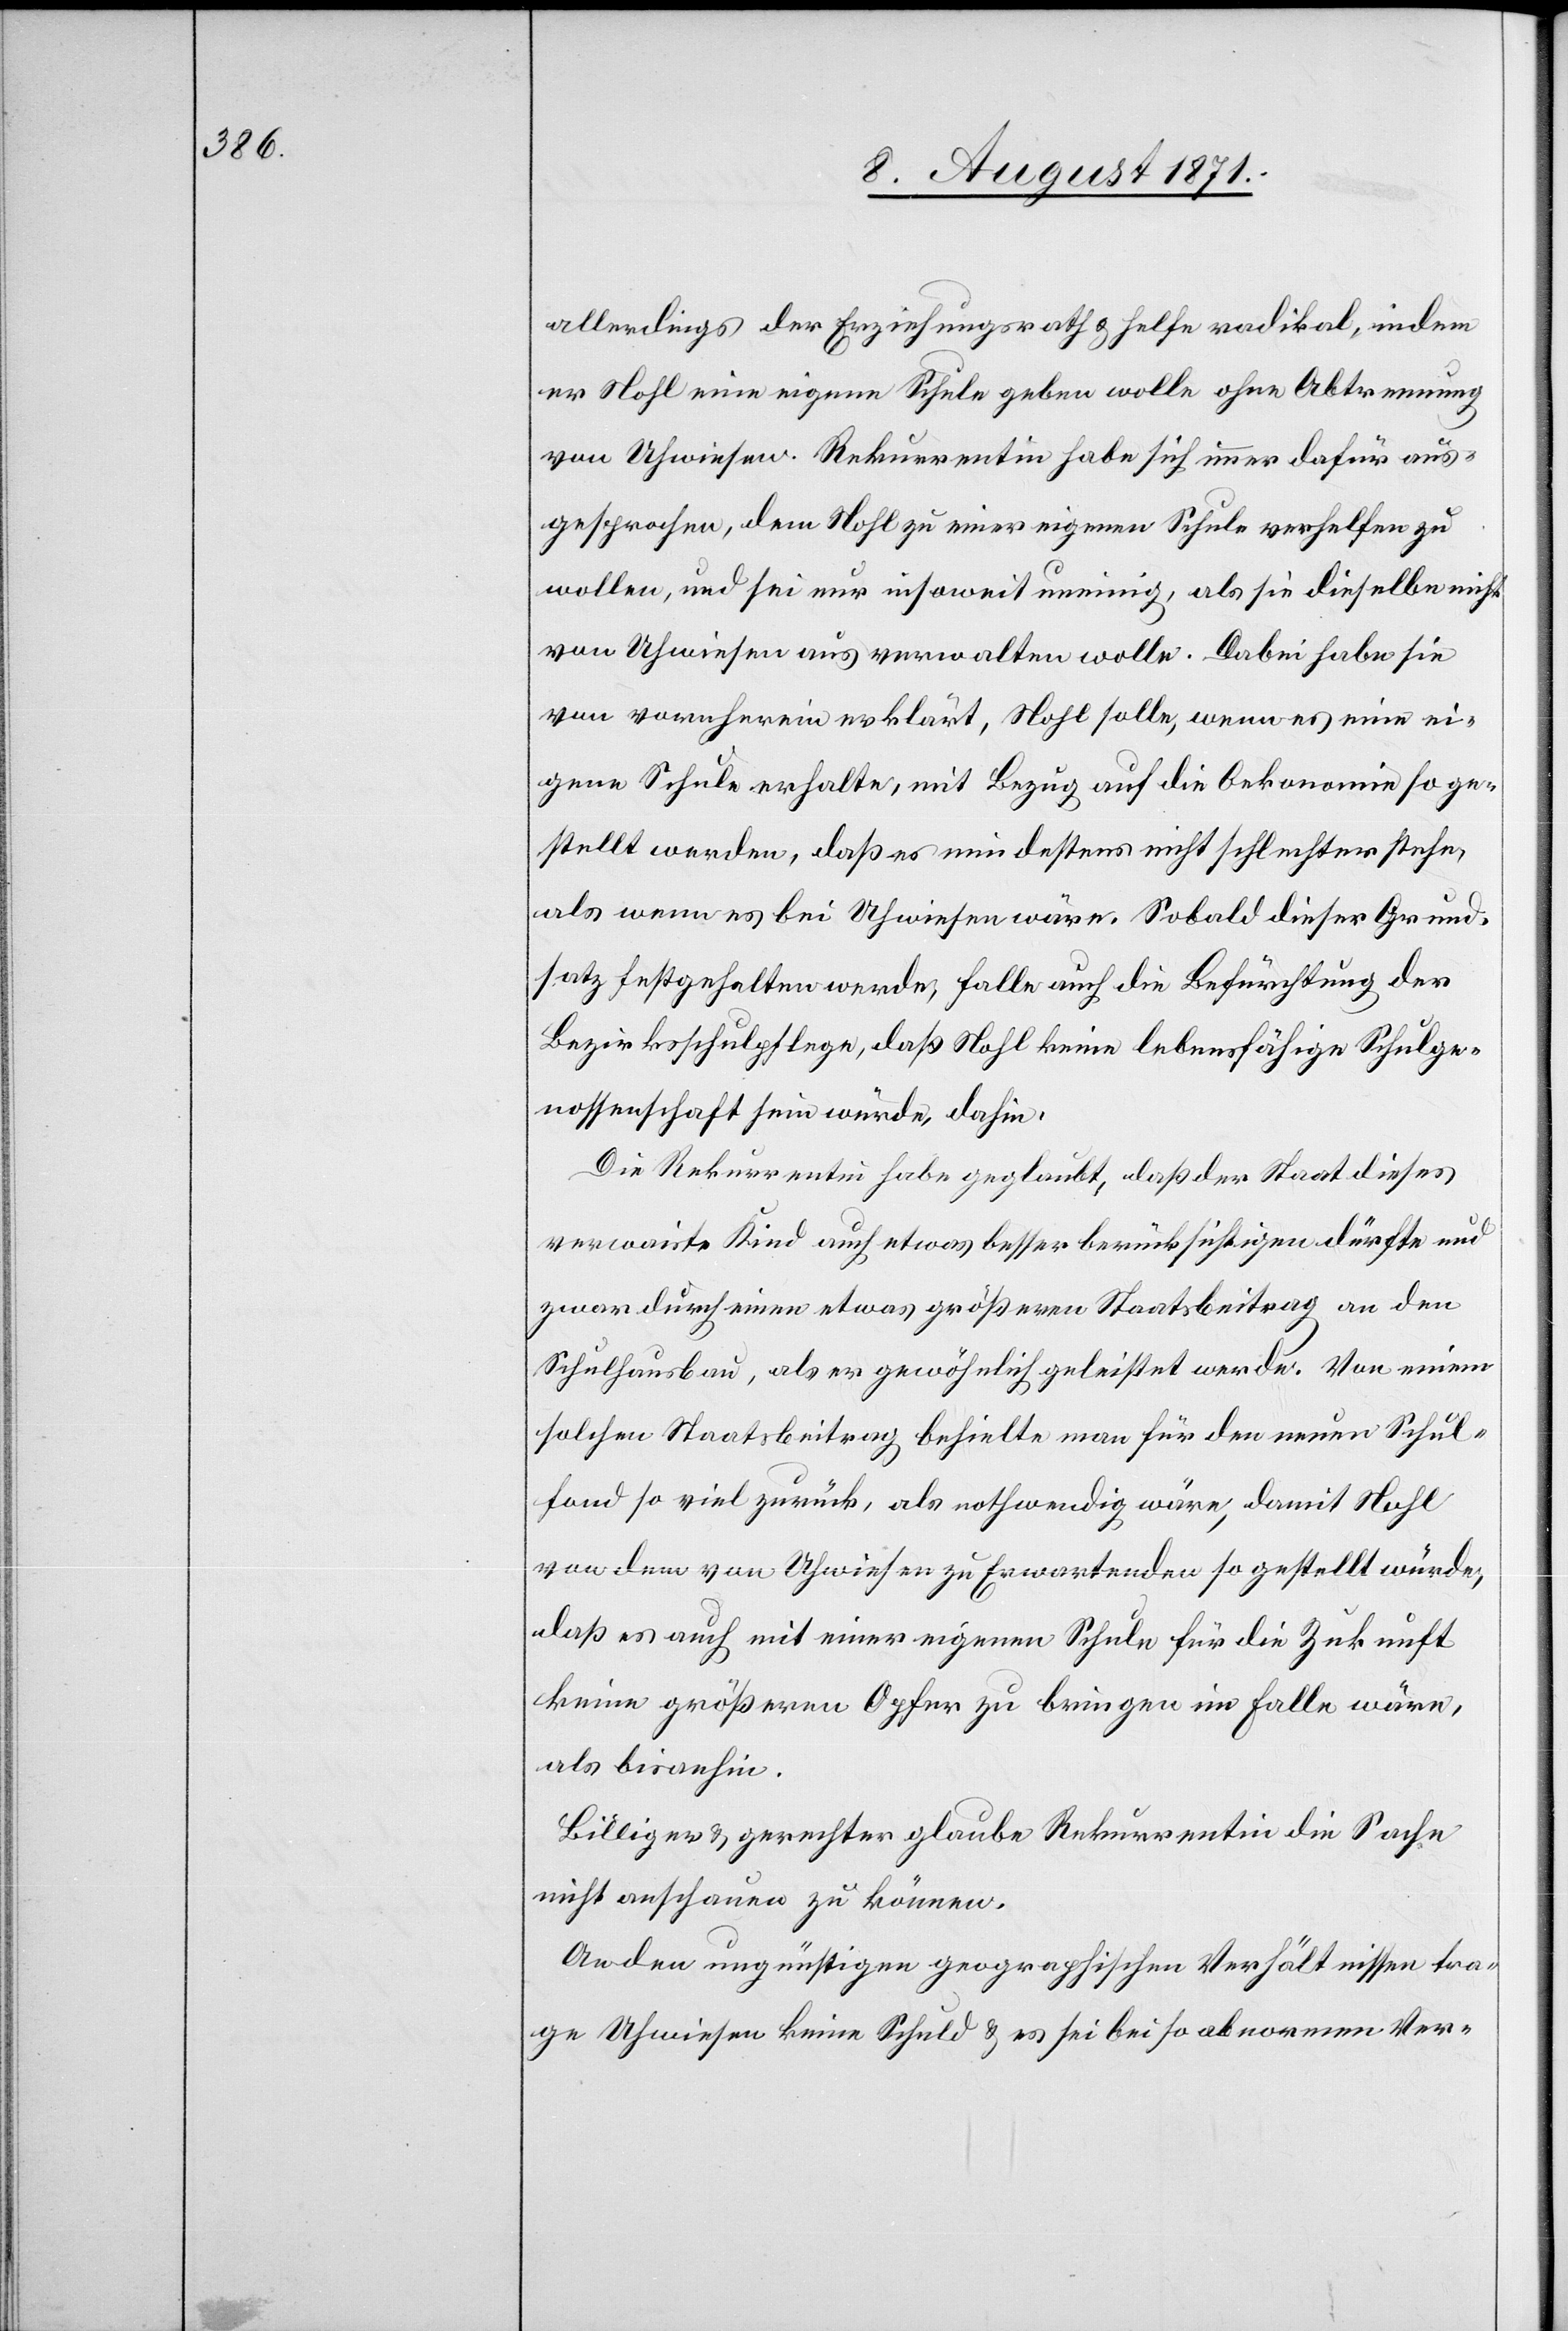
allerdings der Erziehungsrath & helfe radikal, indem
er Nohl eine eigene Schule geben wolle ohne Abtrennung
von Uhwiesen. Rekurrentin habe sich immer dafür aus¬
gesprochen, dem Nohl zu einer eigenen Schule verhelfen zu
wollen, und sei nur insoweit uneinig, als sie dieselbe nicht
von Uhwiesen aus verwalten wolle. Dabei habe sie
von vornherein erklärt, Nohl solle, wenn es eine ei¬
gene Schule erhalte, mit Bezug auf die Oekonomie so ge¬
stellt werden, daß es mindestens nicht schlechter stehe,
als wenn es bei Uhwiesen wäre. Sobald dieser Grund¬
satz festgehalten werde, falle auch die Befürchtung der
Bezirksschulpflege, daß Nohl keine lebensfähige Schulge¬
nossenschaft sein würde, dahin.
Die Rekurrentin habe geglaubt, daß der Staat dieses
verwaiste Kind auch etwas besser berücksichtigen dürfte und
zwar durch einen etwas größeren Staatsbeitrag an den
Schulhausbau, als er gewöhnlich geleistet werde. Von einem
solchen Staatsbeitrag behielte man für den neuen Schul¬
fond so viel zurück, als nothwendig wäre, damit Nohl
von dem von Uhwiesen zu Erwartenden so gestellt würde,
daß es auch mit einer eigenen Schule für die Zukunft
keine größeren Opfer zu bringen im Falle wäre,
als bisanhin.
Billiger & gerechter glaube Rekurrentin die Sache
nicht anschauen zu können.
An den ungünstigen geographischen Verhältnissen tra¬
ge Uhwiesen keine Schuld & es sei bei so abnormen Ver-